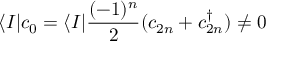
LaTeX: \langle I | c _ { 0 } = \langle I | { \frac { ( - 1 ) ^ { n } } { 2 } } ( c _ { 2 n } + c _ { 2 n } ^ { \dagger } ) \not = 0